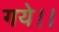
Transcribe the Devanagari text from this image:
गये।।